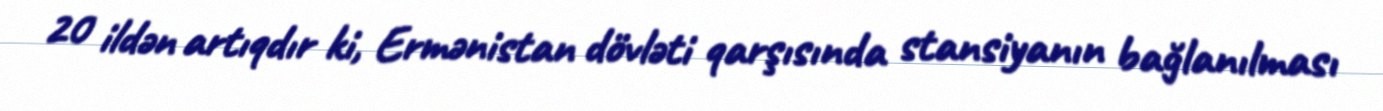
20 ildən artıqdır ki, Ermənistan dövləti qarşısında stansiyanın bağlanılması